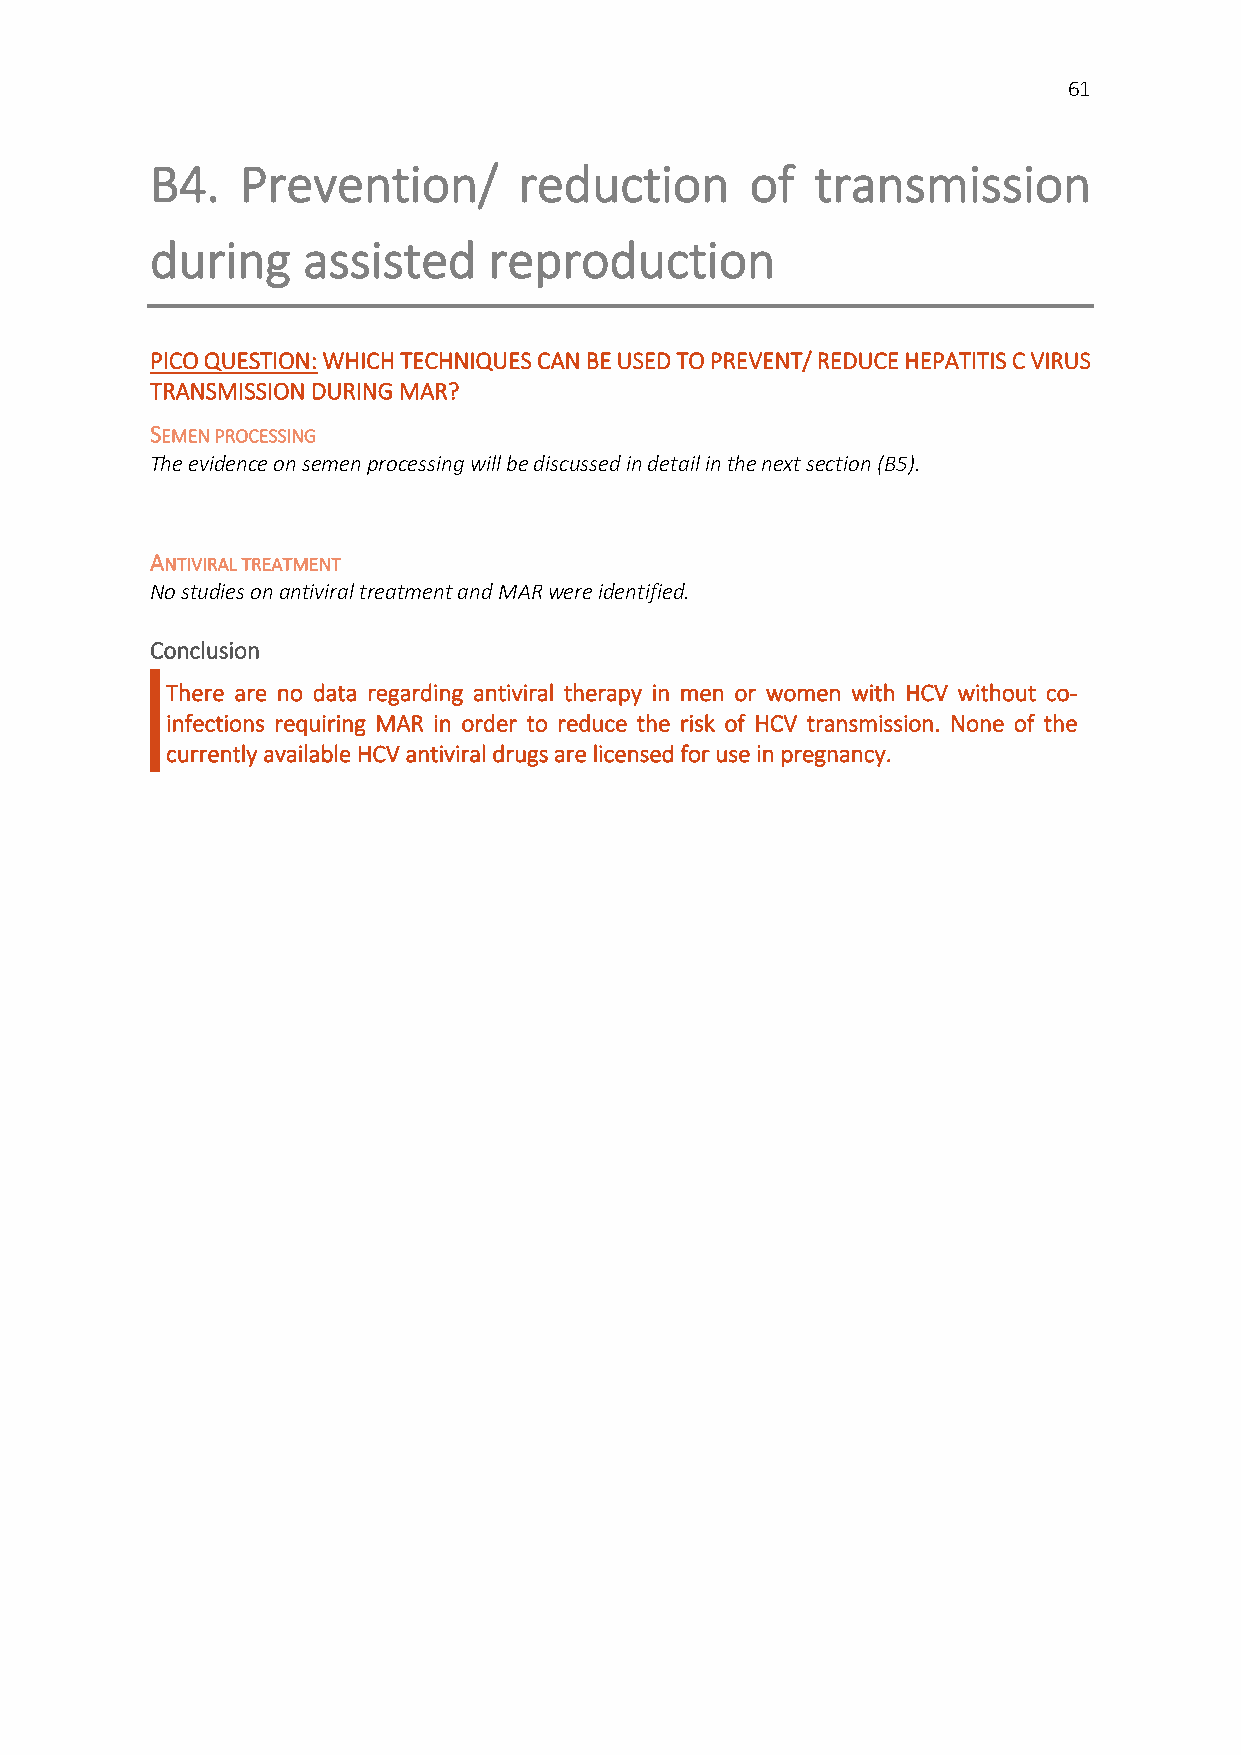
61
 B4.   Prevention/       reduction       of  transmission
 during    assisted    reproduction
 PICO QUESTION: WHICH TECHNIQUES CAN BE USED TO PREVENT/ REDUCE HEPATITIS C VIRUS
 TRANSMISSION DURING MAR?
 SEMEN PROCESSING
 The evidence on semen processing will be discussed in detail in the next section (B5).
 ANTIVIRAL TREATMENT
 No studies on antiviral treatment and MAR were identified.
 Conclusion
 There are no data regarding antiviral therapy in men or women with HCV without co-
 infections requiring MAR in order to reduce the risk of HCV transmission. None of the
 currently available HCV antiviral drugs are licensed for use in pregnancy.